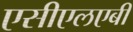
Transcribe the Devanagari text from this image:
एसीएलएबी